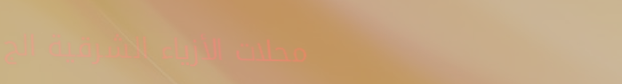
محلات الأزياء الشرقية الج